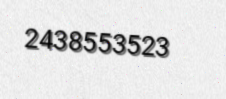
2438553523